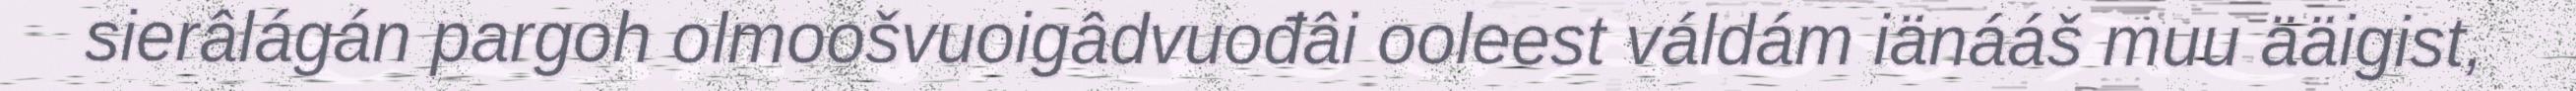
sierâlágán pargoh olmoošvuoigâdvuođâi ooleest váldám iänááš muu ääigist,